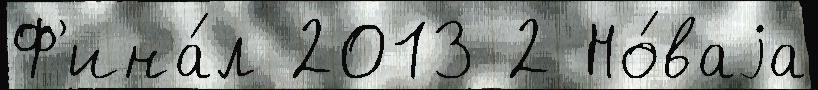
Ф'ина́л 2013 2 Но́ваjа